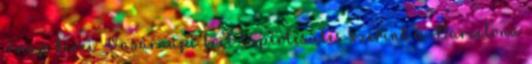
7 nap hírei Vasárnapi brit lapértesülés szerint a Barcelona